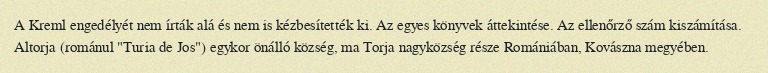
A Kreml engedélyét nem írták alá és nem is kézbesítették ki. Az egyes könyvek áttekintése. Az ellenőrző szám kiszámítása. Altorja (románul "Turia de Jos") egykor önálló község, ma Torja nagyközség része Romániában, Kovászna megyében.